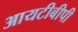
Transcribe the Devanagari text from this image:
आयटीबीपी